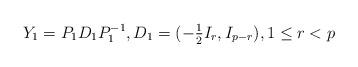
LaTeX: \begin{align*}Y_1=P_1 D_1 P_1^{-1}, D_1 =(-\textstyle\frac{1}{2} I_r, I_{p-r}), 1\leq r < p\end{align*}